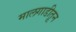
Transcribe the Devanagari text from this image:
मालगाडीतून